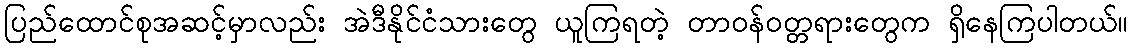
ပြည်ထောင်စုအဆင့်မှာလည်း အဲဒီနိုင်ငံသားတွေ ယူကြရတဲ့ တာဝန်ဝတ္တရားတွေက ရှိနေကြပါတယ်။